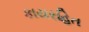
કાયરહિત